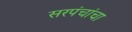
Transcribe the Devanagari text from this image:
सरपंचांचा